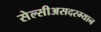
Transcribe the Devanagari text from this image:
सेल्सीअसदरम्यान